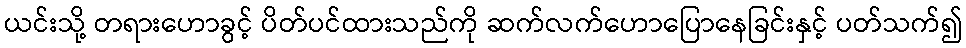
ယင်းသို့ တရားဟောခွင့် ပိတ်ပင်ထားသည်ကို ဆက်လက်ဟောပြောနေခြင်းနှင့် ပတ်သက်၍